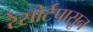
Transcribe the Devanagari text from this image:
रेसोर्टपासून